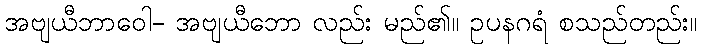
အဗျယီဘာဝေါ- အဗျယီဘော လည်း မည်၏။ ဥပနဂရံ စသည်တည်း။